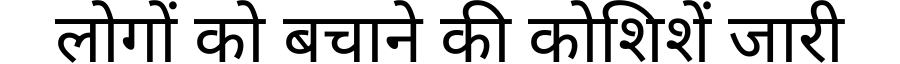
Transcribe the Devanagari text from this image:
लोगों को बचाने की कोशिशें जारी